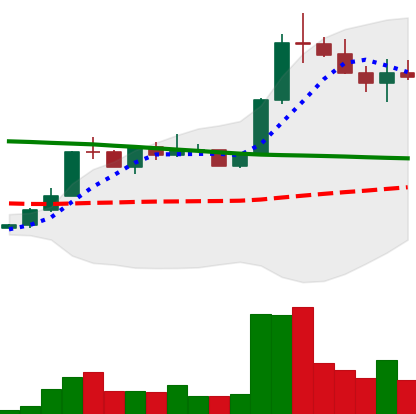
Ticker: ETC-USD
Chart end date: 2022-08-03
Forward return: 5.547%
Label: up_5_7